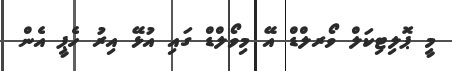
މީ ޕޮލިޓިކަލް ވޯރލްޑް އޭ މިވޯލްޑް ގައި އުޅޭ އިރު ހެޕީ އެން